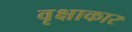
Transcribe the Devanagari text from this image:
वृक्षाकार